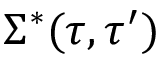
\Sigma ^ { * } ( \tau , \tau ^ { \prime } )